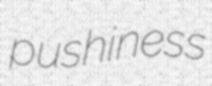
pushiness